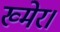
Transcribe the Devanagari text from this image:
ख्मेर।